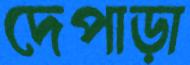
দেপাড়া